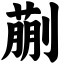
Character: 蒯